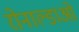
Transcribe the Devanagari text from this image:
रोनाल्डाओ